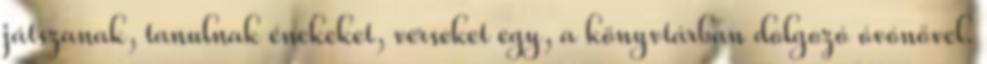
játszanak, tanulnak énekeket, verseket egy, a könyvtárban dolgozó óvónővel.